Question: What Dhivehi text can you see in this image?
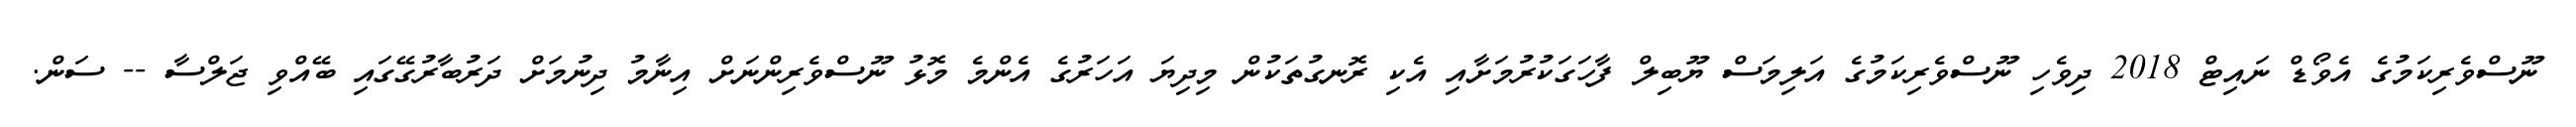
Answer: ނޫސްވެރިކަމުގެ އެވޯޑް ނައިޓް 2018 ދިވެހި ނޫސްވެރިކަމުގެ އަލިމަސް ޔޫބިލް ފާހަގަކުރުމަށާއި އެކި ރޮނގުތަކުން މިދިޔަ އަހަރުގެ އެންމެ މޮޅު ނޫސްވެރިންނަށް އިނާމު ދިނުމަށް ދަރުބާރުގޭގައި ބޭއްވި ޖަލްސާ -- ސަން.